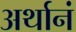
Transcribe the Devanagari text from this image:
अर्थानं